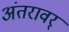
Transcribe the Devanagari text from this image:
अंतरावर्